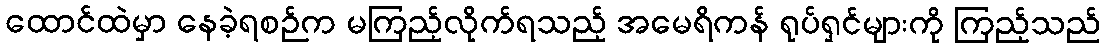
ထောင်ထဲမှာ နေခဲ့ရစဉ်က မကြည့်လိုက်ရသည့် အမေရိကန် ရုပ်ရှင်များကို ကြည့်သည်